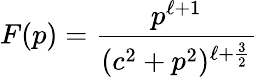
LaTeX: F(p)={\frac{p^{\ell+1}}{(c^{2}+p^{2})^{\ell+{\frac{3}{2}}}}}